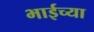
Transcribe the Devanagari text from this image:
भाईच्या